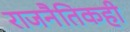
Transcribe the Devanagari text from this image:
राजनैतिकही